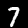
Label: 7